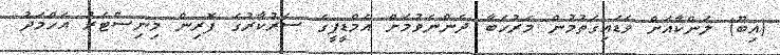
(އިބޫ) ލަންކާއަށް ވަޑައިގަތުމުން މަރުހަބާ ދެންނެވުމަށް އެމްޑީޕީގެ ސަރުކާރުގެ ފޮރިން މިނިސްޓަރު އަހްމަދު